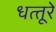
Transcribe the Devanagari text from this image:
धत्‍तूरे